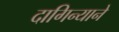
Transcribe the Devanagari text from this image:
दागिन्याने